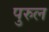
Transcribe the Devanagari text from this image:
पुरुल